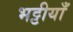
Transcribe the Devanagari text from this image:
भट्टीयाँ